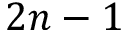
2 n - 1